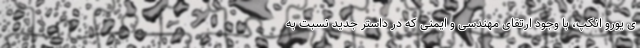
ی یورو انکپ، با وجود ارتقای مهندسی و ایمنی که در داستر جدید نسبت به